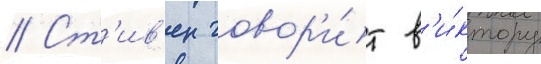
// Ст'ив'ен говор'и́т в'и́ктору